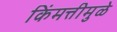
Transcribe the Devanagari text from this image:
किंमत्तीमुळे